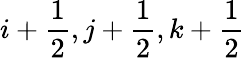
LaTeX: i+\frac{1}{2},j+\frac{1}{2},k+\frac{1}{2}